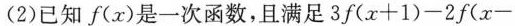
(2)已知f(x)是一次函数，且满足3f(x+1)-2f(x-